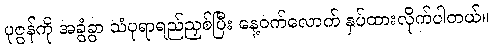
ပုဇွန်ကို အခွံခွာ သံပုရာရည်ညှစ်ပြီး နေ့ဝက်လောက် နှပ်ထားလိုက်ပါတယ်။